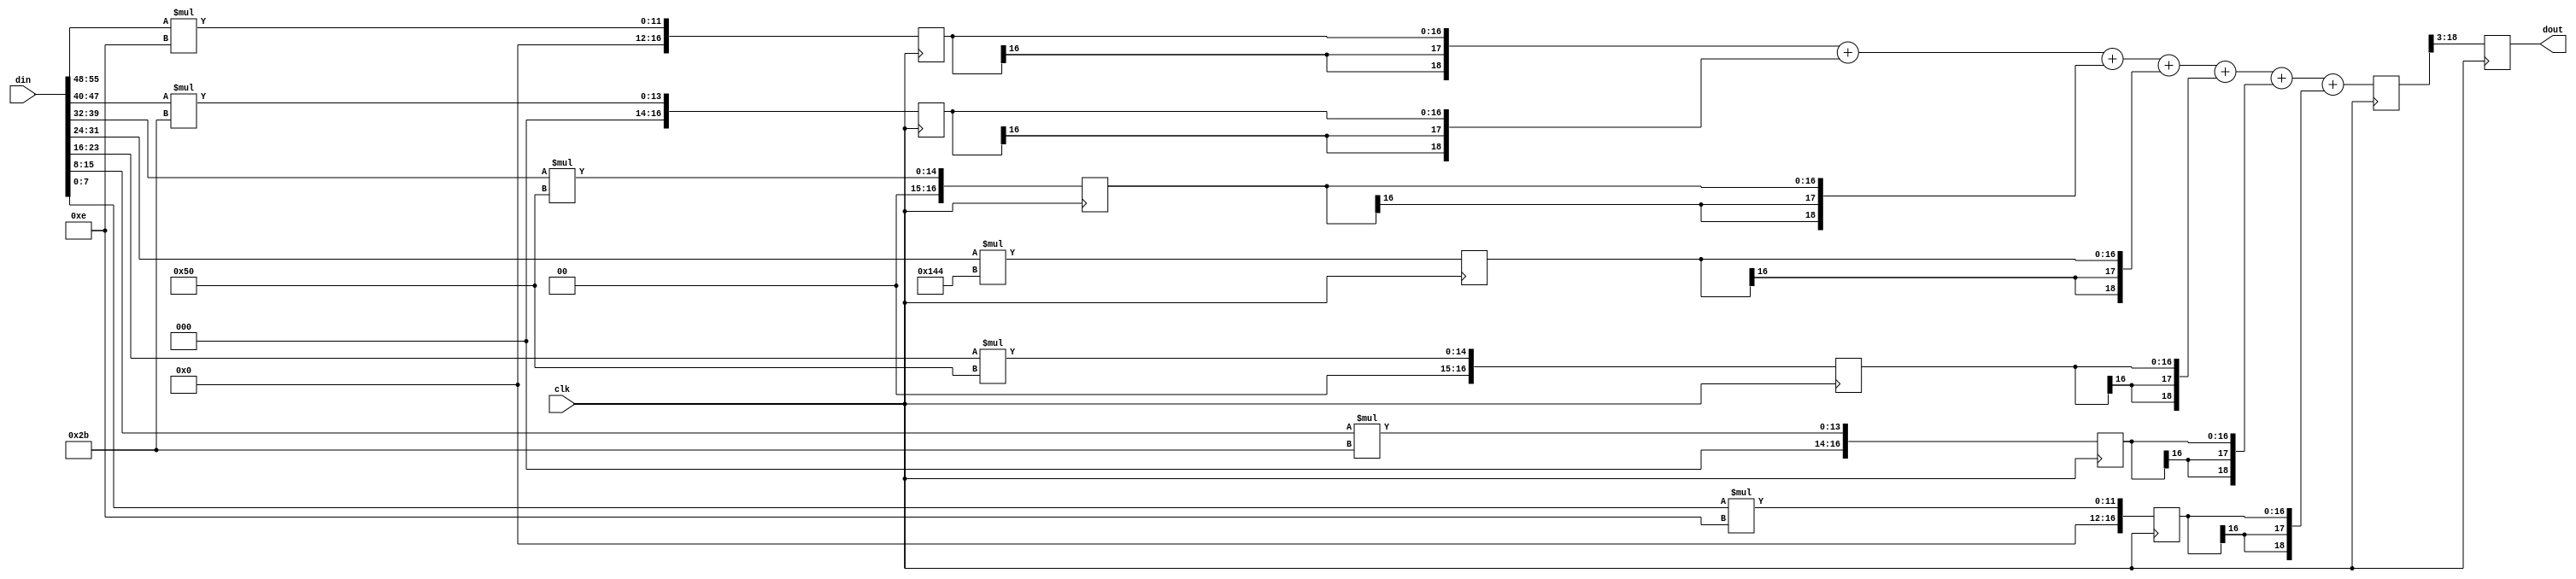
module fltr_compute_h4 (clk, din, dout);
   input clk; 
   input[55:0] din; 
   output[15:0] dout; 
   reg[15:0] dout;
   reg[16:0] q1; 
   reg[16:0] q2; 
   reg[16:0] q3; 
   reg[16:0] q4; 
   reg[16:0] q5; 
   reg[16:0] q6; 
   reg[16:0] q7; 
   reg[19:0] d_out_tmp; 
   always @(posedge clk)
   begin
			q1 <= din[55:48] * 4'b1110;
			q2 <= din[47:40] * 6'b101011;
			q3 <= din[39:32] * 7'b1010000;
			q4 <= din[31:24] * 9'b101000100;
			q5 <= din[23:16] * 7'b1010000;
			q6 <= din[15:8] * 6'b101011;
			q7 <= din[7:0] * 4'b1110;
          d_out_tmp <= ({q1[16], q1[16], q1[16], q1}) + ({q2[16], q2[16], q2[16], q2}) + ({q3[16], q3[16], q3[16], q3}) + ({q4[16], q4[16], q4[16], q4}) + ({q5[16], q5[16], q5[16], q5}) + ({q6[16], q6[16], q6[16], q6}) + ({q7[16], q7[16], q7[16], q7});
         dout <= d_out_tmp[18:3] ; 
   end 
endmodule